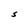
Character: S